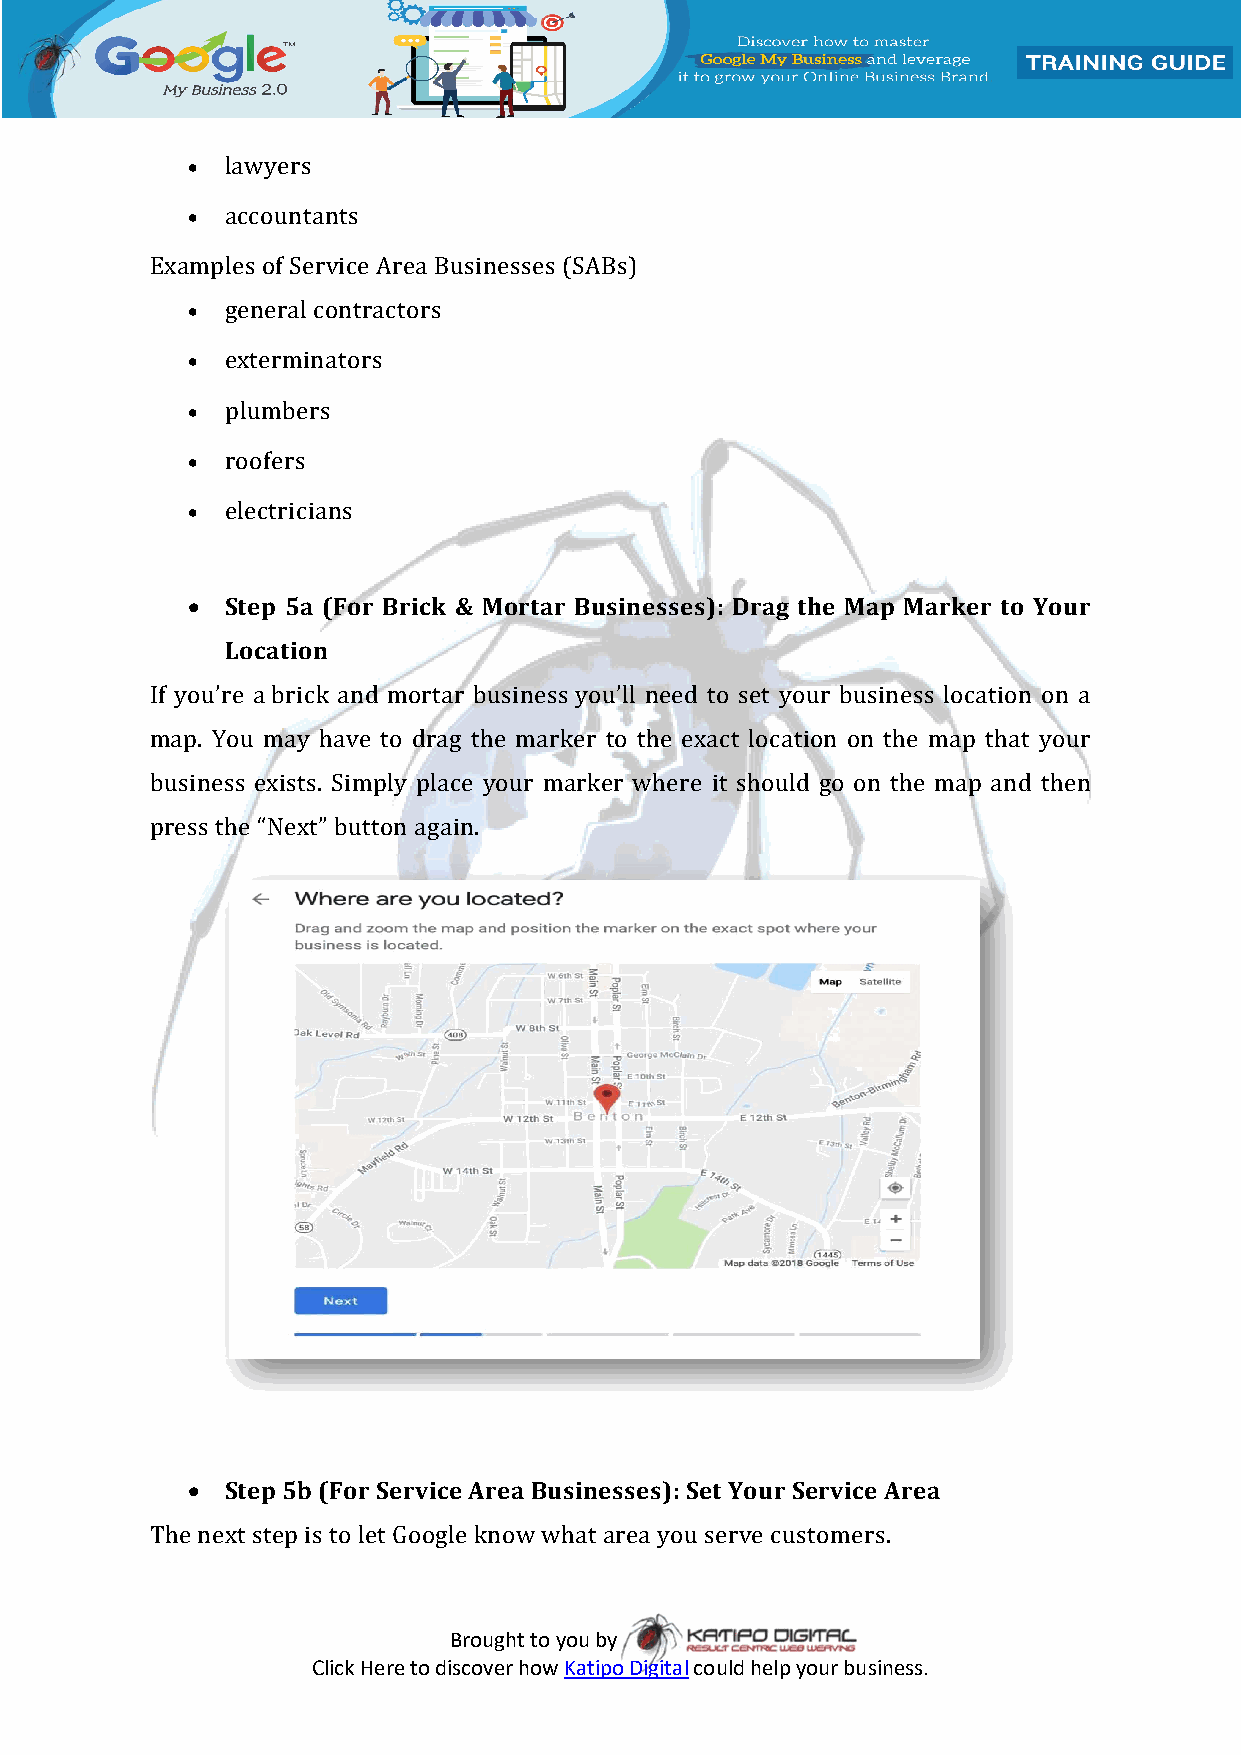
  lawyers
   accountants
 Examples of Service Area Businesses (SABs)
   general contractors
   exterminators
   plumbers
   roofers
   electricians
   Step 5a (For Brick & Mortar Businesses): Drag the Map Marker to Your
 Location
 If you’re a brick and mortar business you’ll need to set your business location on a
 map. You may have to drag the marker to the exact location on the map that your
 business exists. Simply place your marker where it should go on the map and then
 press the “Next” button again.
   Step 5b (For Service Area Businesses): Set Your Service Area
 The next step is to let Google know what area you serve customers.
 Brought to you by
 Click Here to discover how Katipo Digital could help your business.